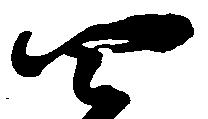
四